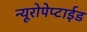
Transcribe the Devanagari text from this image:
न्यूरोपेप्टाईड